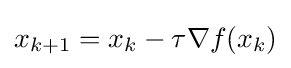
x_{k+1}=x_{k}-\tau \nabla f(x_{k})